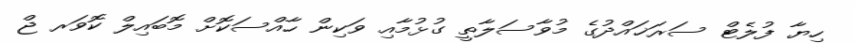
ހިޔާ ފުލެޓް ސަރަޚައްދުގެ މުވާސަލާތީ ގުޅުމާއި ވަކިން ހާއްސަކޮށް މޮބައިލް ކޮވަރ ޖް